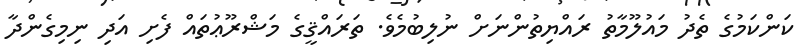
ކަންކަމުގެ ތެދު މައުލޫމާތު ރައްޔިތުންނަށް ނުލިބުމެވެ. ތަރައްޤީގެ މަޝްރޫޢުތައް ފެށި އަދި ނިމިގެންދާ